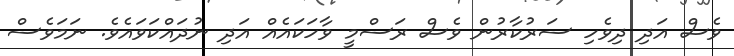
ވެސް އަދި ދިވެހި ސަރުކާރުން ވެސް ރަސްމީ ވާހަކައެއް އަދި ނުދައްކަވައެވެ. ނަމަވެސް